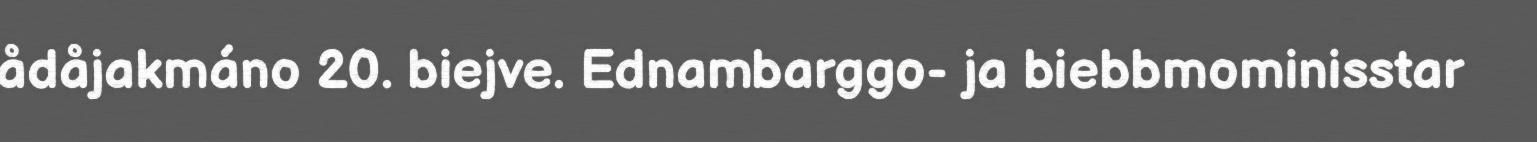
ådåjakmáno 20. biejve. Ednambarggo- ja biebbmominisstar